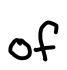
Text: of
Cross-out: clean
Writing tool: digital_black